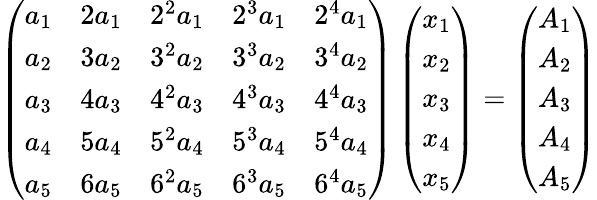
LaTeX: \left(\begin{array}{lllll}{a_{1}}&{2a_{1}}&{2^{2}a_{1}}&{2^{3}a_{1}}&{2^{4}a_{1}}\\ {a_{2}}&{3a_{2}}&{3^{2}a_{2}}&{3^{3}a_{2}}&{3^{4}a_{2}}\\ {a_{3}}&{4a_{3}}&{4^{2}a_{3}}&{4^{3}a_{3}}&{4^{4}a_{3}}\\ {a_{4}}&{5a_{4}}&{5^{2}a_{4}}&{5^{3}a_{4}}&{5^{4}a_{4}}\\ {a_{5}}&{6a_{5}}&{6^{2}a_{5}}&{6^{3}a_{5}}&{6^{4}a_{5}}\end{array}\right)\left(\begin{array}{l}{x_{1}}\\ {x_{2}}\\ {x_{3}}\\ {x_{4}}\\ {x_{5}}\end{array}\right)=\left(\begin{array}{l}{A_{1}}\\ {A_{2}}\\ {A_{3}}\\ {A_{4}}\\ {A_{5}}\end{array}\right)